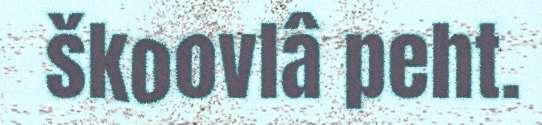
škoovlâ peht.